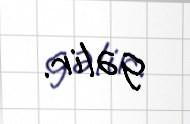
gəlir.